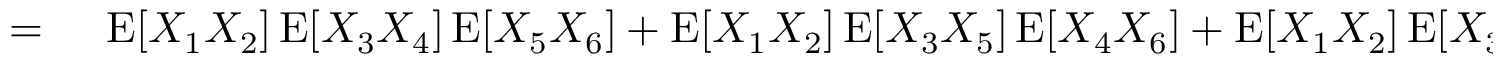
\begin{array} { r l } { = { } } & { { } \operatorname { E } [ X _ { 1 } X _ { 2 } ] \operatorname { E } [ X _ { 3 } X _ { 4 } ] \operatorname { E } [ X _ { 5 } X _ { 6 } ] + \operatorname { E } [ X _ { 1 } X _ { 2 } ] \operatorname { E } [ X _ { 3 } X _ { 5 } ] \operatorname { E } [ X _ { 4 } X _ { 6 } ] + \operatorname { E } [ X _ { 1 } X _ { 2 } ] \operatorname { E } [ X _ { 3 } X _ { 6 } ] \operatorname { E } [ X _ { 4 } X _ { 5 } ] } \end{array}